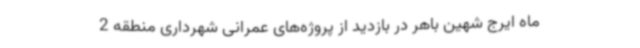
ماه ایرج شهین باهر در بازدید از پروژه‌های عمرانی شهرداری منطقه 2